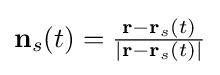
{\textstyle \mathbf {n} _{s}(t)={\frac {\mathbf {r} -\mathbf {r} _{s}(t)}{|\mathbf {r} -\mathbf {r} _{s}(t)|}}}